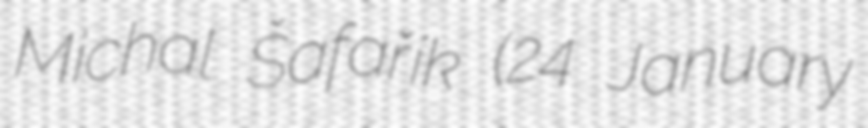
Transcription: Michal Šafařík (24 January